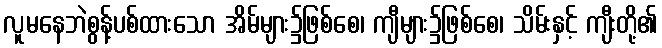
လူမနေဘဲစွန့်ပစ်ထားသော အိမ်များ၌ဖြစ်စေ၊ ကျီများ၌ဖြစ်စေ၊ သိမ်းနှင့် ကျီးတို့၏